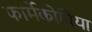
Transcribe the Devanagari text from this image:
फार्मेकोपिया